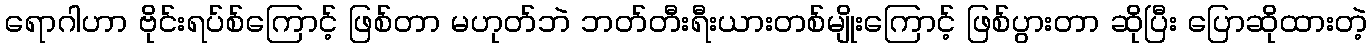
ရောဂါဟာ ဗိုင်းရပ်စ်ကြောင့် ဖြစ်တာ မဟုတ်ဘဲ ဘတ်တီးရီးယားတစ်မျိုးကြောင့် ဖြစ်ပွားတာ ဆိုပြီး ပြောဆိုထားတဲ့